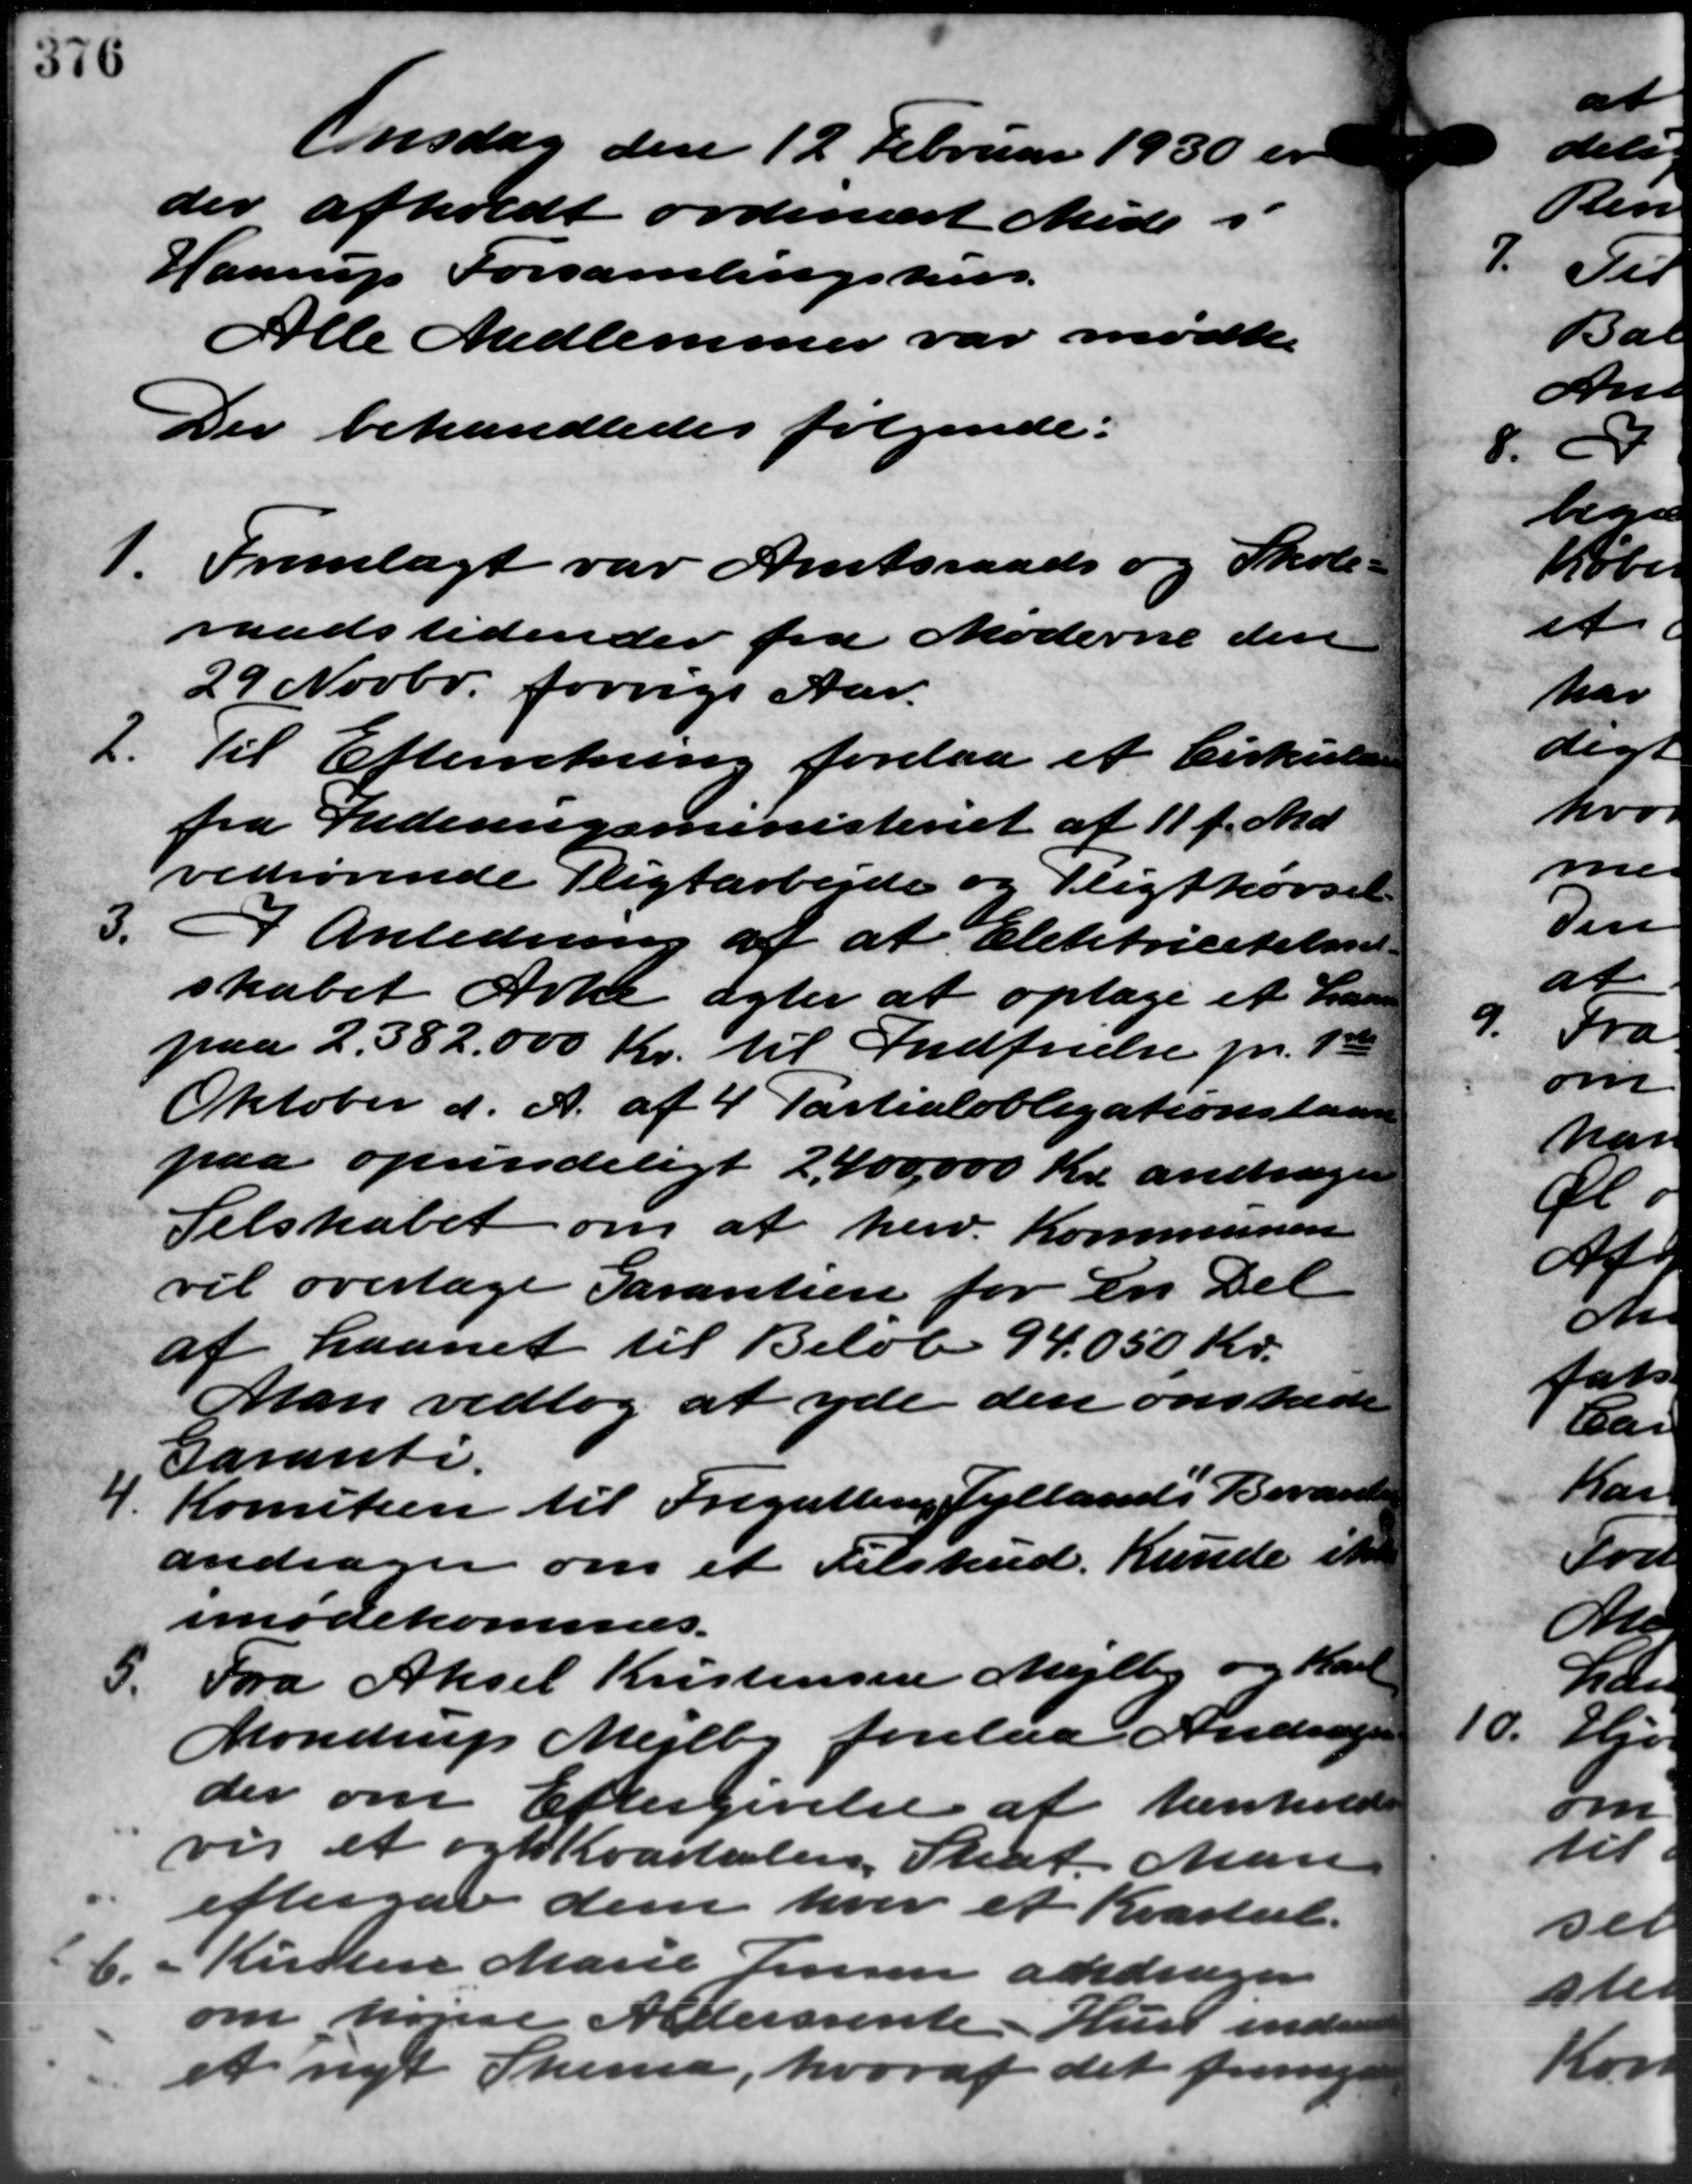
Transskription:
Onsdag den 12 Februar 1930 er
der afholdt ordinært Møde i
Haarup Forsamlingshus.
Alle Medlemmer var mødte.
Der behandledes følgende:
1. Fremlagt var Amtsraads og Skole -
1. Fremlagt var Amtsraads og Skole -
raadstidender fra Møderne den
29 Novbr. forrige Aar.
2. Til Efterretning forelaa et Cirkulære
2. Til Efterretning forelaa et Cirkulære
fra Indenrigsministeriet af 11 f. Md.
vedrørende Pligtarbejde og Pligtkørsel
3.
I Anledning af at Elektricitetssel
skabet Arke agter at optage et Lar
paa 2.382.000 Kr. til Indfrielse pr. 1
Oktober d. A. af 4 Partialobligationslaan
paa oprindeligt 2,400.000 Kr. andrager
Selskabet om at herv. Kommunen
vil overtage Garantien for en Del
af Laanet til Beløb 94.050 Kr.
Man vedtog at yde den ønskede
Garanti.
Komiteen til Fregatten Jyllands Bevaret
4.
andrager om et Tilskud. Kunde ikke
imødekommes.
Fra Aksel Kristensen Mejlby og Karl
5.
Mondrup Mejlby forelaa Andrager
der om Eftergivelse af henhold
vis et og Kvartaler Skat. Man
eftergav dem hver et Kvartal.
6. - Kirsten Marie Jensen andrager
6. - Kirsten Marie Jensen andrager
om højere Aldersrente. Hust inden
et nyt Skema, hvoraf det frems